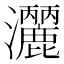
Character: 𭳺